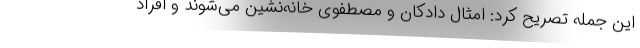
این جمله تصریح کرد: امثال دادکان و مصطفوی خانه‌نشین می‌شوند و افراد